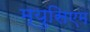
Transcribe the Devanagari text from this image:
म्युसिएम